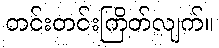
တင်းတင်းကြိတ်လျက်။